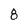
Character: 8